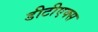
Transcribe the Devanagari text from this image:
डीटीएक्स